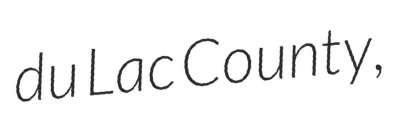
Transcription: du Lac County,